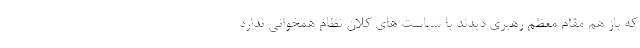
که باز هم مقام معظم رهبری دیدند با سیاست های کلان نظام همخوانی ندارد